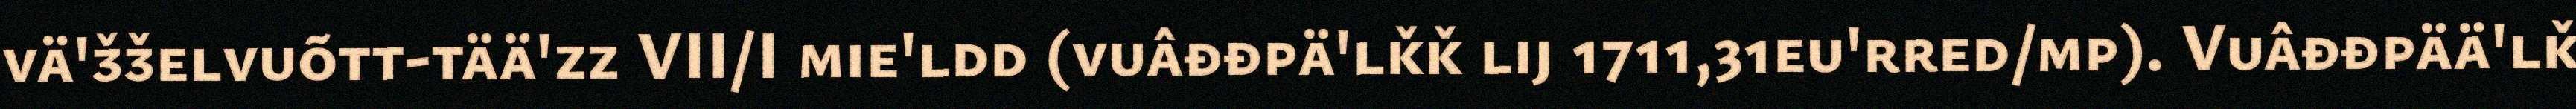
vä'ǯǯelvuõtt-tää'zz VII/I mie'ldd (vuâđđpä'lǩǩ lij 1711,31eu'rred/mp). Vuâđđpää'lǩ